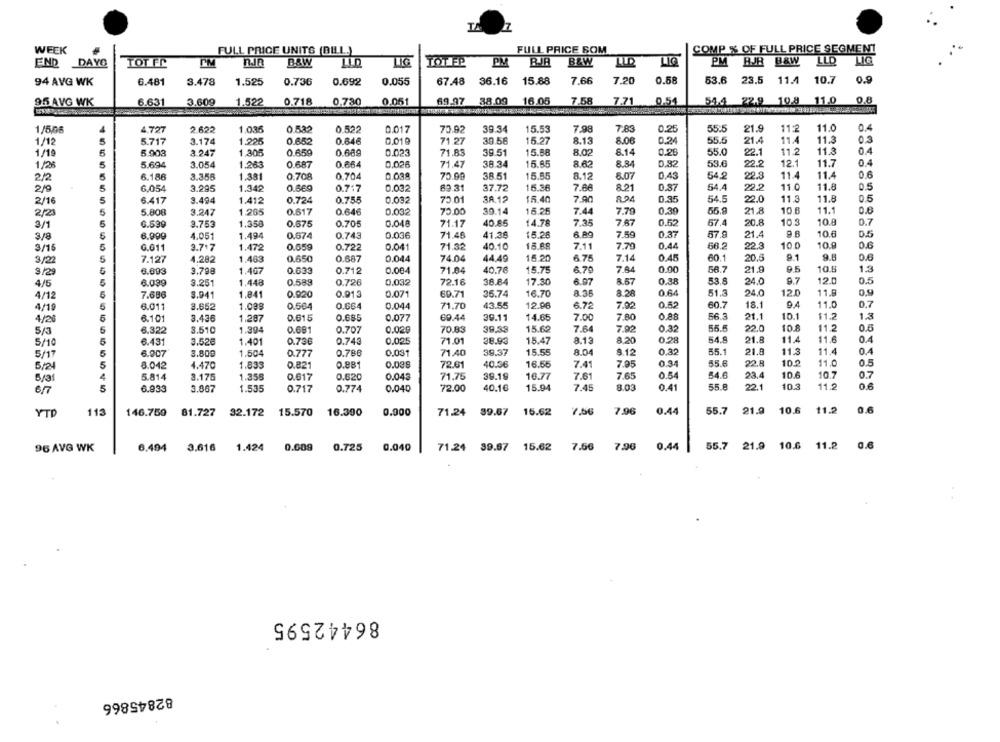
WEEK
FULL PRICE UNITS (BILL.)
FULL PRICE SOM
COMP % OF FULL PRICE SEGMENT
LLD
END
DAYO
TOT FR
B&W
LIG
TOT FP
PM
B&W
LLD
LIG
PM
BJB B&W
94 AVG WK
6.481
3.478
1.525
0.736
0.692
0.055
67.48
36.16
15.88
7,66
7.20
0.58
53.6 23.5
11.4
10.7
0.9
955 AVG WK
6.631
3.609
1,522
0.718
0.730
0.051
69.97 38.09
16.05
7.58
7.71
0.54
54.4 22,9 10.8 11.0
11.0
0.4
1/5,06
4.727
2622
1.035
0.532
0.522
0.017
70.92
39.34
15.53
7.98
7,83
0.25
55:5
21.9
11:2
1/12
5.717
3.174
1.225
0.652
0.646
0.019
71.27
30.56
15.27
8.13
8.06
0.24
55.5
21.4
11.4
11.3
03
0.4
1/10
5.903
3.247
1.305
0.659
0.689
0.023
71.83
39.51
15.88
8.02
8.14
0.20
55.0
22.1
11.2
11.3
1/28
5
5.694
3.054
1.263
0.687
0.664
0,026
71.47
38.34
15.85
8.82
8.84
0.82
53.6
22.2
12.1
11.7
2/2
6.186
3.356
1.381
0.708
0.704
0.03.ª
70.99
38.51
15.55
8.12
8.07
0.43
54.2
22.3
11.4
11.4
8.21
0.37
54.4
22.2
11.0
11.8
2/9
6.054
3.295
1.342
0.669
0.717
0.032
69.31
37.72
15.36
7.68
2/16
6.417
3.494
1.412
0.724
0.755
0.032
75.01
18.12
15.40
7.90
894
0.35
54.5
22.0
11.3
11.8
0.5
2/23
5.808
3.247
1.265
0.617
0.646
0.032
70.00
39.14
15.25
7.44
7.70
0.30
55.9
21.8
10.8
11.1
6.599
1.358
0.675
0.705
0.048
71.17
40.85
14.78
7.35
7.67
0.52
67.4
20.8
10.3
10.8
0.7
3/1
9.753
3/8
6.900
4.051
1.494
0.674
0.743
0.036
71.48
41.28
15.28
6.89
7.59
0.37
67.9
21.4
10.6
18 86
7.70
0.44
66.2
22.3
10.0
10.0
0.6
3/16
G.611
3.717
1.472
0.659
0.722
0.041
71.32
40.10
7.11
3/22
7.127
4.282
1.483
0.650
0.687
0.044
74.04
44.49
15.20
6.75
7.14
0.45
60.1
20.5
9.6
0.6
0.00
56.7
10.8
1.
3/29
6.693
9.798
1.407
0.633
0.712
0.084
71.84
40.76
15.75
6.79
7.84
21.9
4/5
6.089
3.251
1.448
0.589
0.726
0.032
72.16
38.84
17.30
6.97
8.57
0.38
53.8
24.0
9.7
12.0
0.5
4/12
7.686
3.941
1.841
0.020
0.913
0.071
69.71
36.74
16.70
8.35
8.28
0.64
51.3
24.0
12.0
11.8
0.9
1.089
0.044
71,70
43.55
12.96
6.72
7.02
0.52
60.7
18.1
11.0
4/19
6.011
3.852
0.564
0.664
4/26
6.101
3.436
1.287
0.615
0.685
0.077
69.44
39.11
14.65
7.00
7.80
0.88
56.3
21.1
10.1
$1.2
1.3
55.5
10.8
11.2
5/3
6.322
3.510
1.394
0.681
0.707
0.020
70.83
39.99
15.69
7.64
7.92
0.32
22.0
5/10
6.431
3.526
1.401
0.736
0.743
0.025
71.01
28.93
15.47
8.13
8.20
0,28
54.8
21.8
11.4
11.6
5/17
6.907
8.80€
1.504
0.777
0.788
0.031
71.40
39.37
15.55
8.04
9.12
0.32
55.1
21.8
11.3
11.4
1.833
0.881
0.035
72.61
40.36
16.56
7.41
7.95
0.34
55.6
22.8
10.0
11.0
5/24
8.042
4.470
0.821
5/31
5.814
3.175
1.358
0.617
0.620
0.043
71.75
39.19
16.77
7.61
7.65
0.54
54.6
23.4
10.6
10.7
0.7
55.8
10.3
11.2
06
6/7
6.833
3.667
1.535
0.717
0.774
0.040
72.00
40.16
15.94
7.45
8.03
0.41
22.1
YTD
113
146.759
81.727
32.172
15.570
16.390
0.000
71.24
39.67
15.62
7.96
0.44
55.7
21.9
10.6
11.2
0.040
7.56
7.96
0.44
55.7
21.9
10.6 11.2
96 AVG WK
6.494
3.616
1.424
0.009
0.725
71.24 39.67
15.62
86442595
82845866